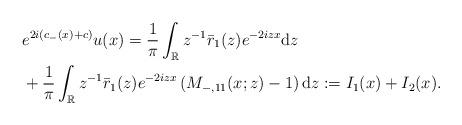
LaTeX: \begin{align*}&e^{2i(c_-(x)+c)} u(x) =\frac{1}{\pi} \int_{\mathbb{R}} z^{-1} \bar{r}_1(z) e^{-2izx} \mathrm{d}z \\&+\frac{1}{\pi} \int_{\mathbb{R}}z^{-1} \bar{r}_1(z) e^{-2izx}\left(M_{-,11}(x;z)-1\right) \mathrm{d}z :=I_1(x)+I_2(x).\end{align*}